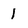
Character: 1